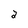
Character: 2